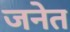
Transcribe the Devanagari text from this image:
जनेत